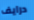
درايف